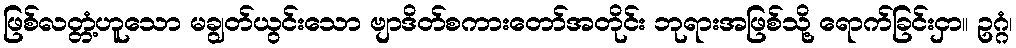
ဖြစ်လတ္တံ့ဟူသော မချွတ်ယွင်းသော ဗျာဒိတ်စကားတော်အတိုင်း ဘုရားအဖြစ်သို့ ရောက်ခြင်းငှာ။ ဥဂ္ဂံ၊